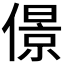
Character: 𠎠